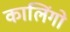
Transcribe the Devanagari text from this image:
कालिंगो